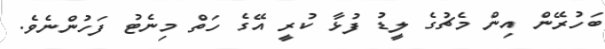
ބަހުރޭން އިން މެޗުގެ ލީޑު ފުޅާ ކުރީ އޭގެ ހަތް މިނެޓު ފަހުންނެވެ.